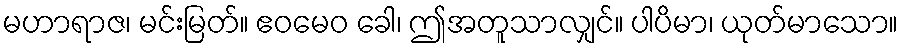
မဟာရာဇ၊ မင်းမြတ်။ ဧဝမေဝ ခေါ၊ ဤအတူသာလျှင်။ ပါပိမာ၊ ယုတ်မာသော။